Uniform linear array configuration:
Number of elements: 16
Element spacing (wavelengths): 0.5
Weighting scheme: uniform
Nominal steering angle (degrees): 60
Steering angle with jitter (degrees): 59.472
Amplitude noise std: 0.05
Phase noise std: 0.05

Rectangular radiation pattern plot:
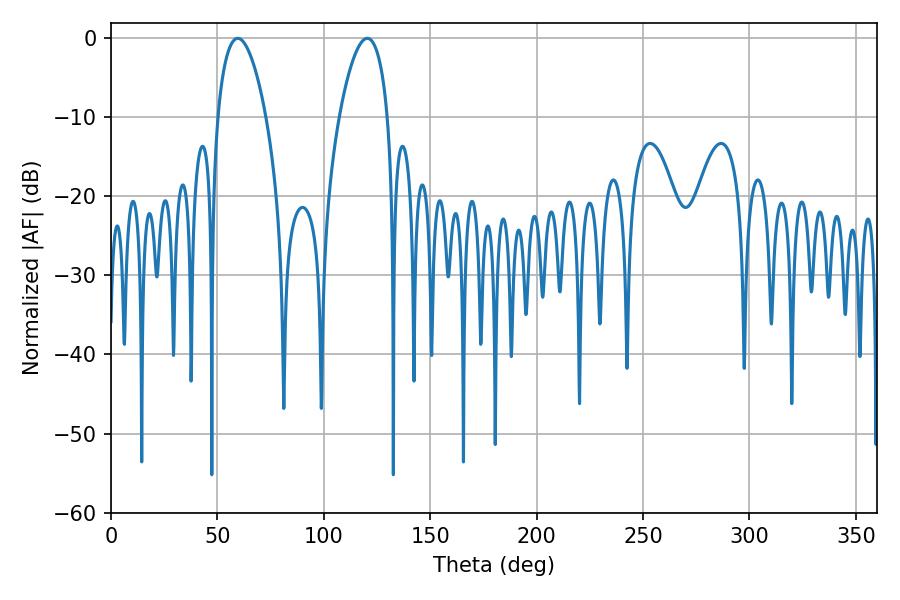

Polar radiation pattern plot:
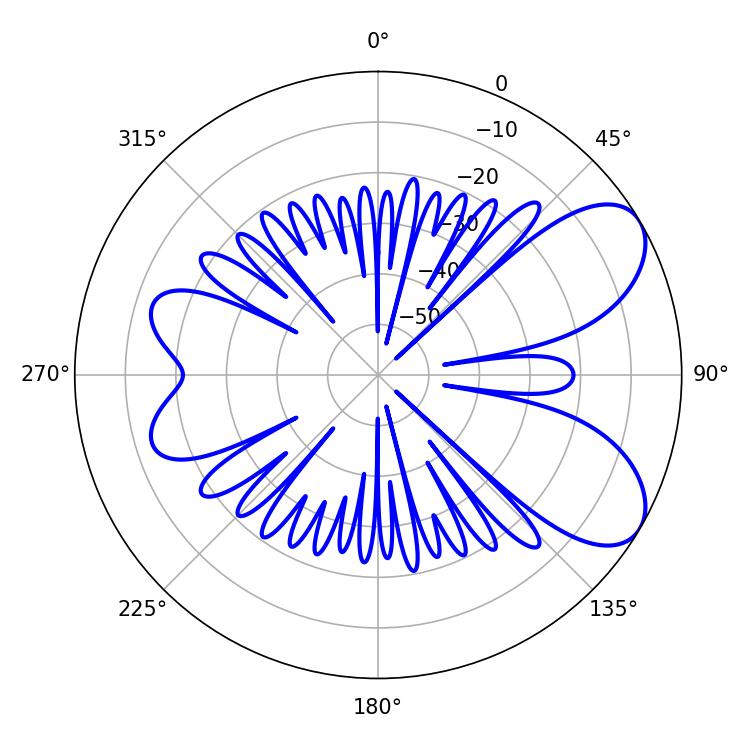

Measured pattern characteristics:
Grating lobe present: FALSE
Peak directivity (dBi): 7.128
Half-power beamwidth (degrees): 12.78
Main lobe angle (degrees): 120.42